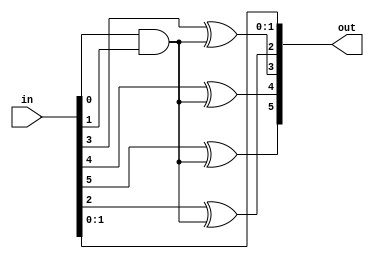
module mexor4(
    input [5:0] in,
    output [5:0] out
    );
wire w;
assign w = in[0] & in[1];
assign out[0] = in[0];
assign out[1] = in[1];
assign out[2] = in[2] ^ w;
assign out[3] = in[3] ^ w;
assign out[4] = in[4] ^ w;
assign out[5] = in[5] ^ w;

endmodule